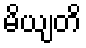
မိယျတိ